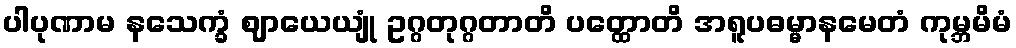
ပါပုဏာမ နသေက္ခံ ဈာယေယျုံ ဥဂ္ဂတုဂ္ဂတာတိ ပတ္ထောတိ အရူပဓမ္မာနမေတံ ကုမ္ဘမိမံ